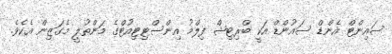
ސައިންޓް އެންޑް ސައުންޑް އަކީ ބްރިޓިޝް ފިލްމު އިންސްޓިޓިއުޓްގެ މަންތުލީ މެގަޒިން އެކެވެ.